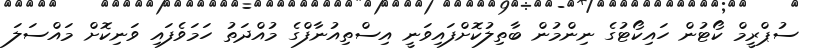
ސުޕްރީމް ކޯޓުން ހައިކޯޓުގެ ނިންމުން ބާތިލުކޮށްފައިވަނީ އިސްތިއުނާފްގެ މުއްދަތު ހަމަވެފައި ވަނިކޮށް މައްސަލަ